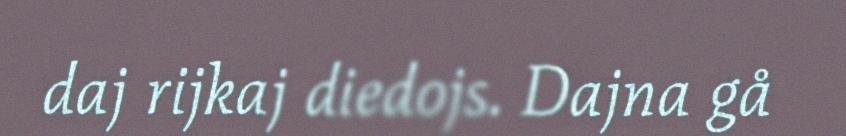
daj rijkaj diedojs. Dajna gå